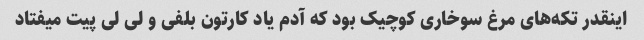
اینقدر تکه‌های مرغ سوخاری کوچیک بود که آدم یاد کارتون بلفی و لی لی پیت میفتاد